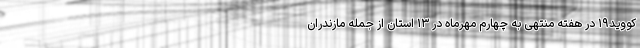
کووید۱۹ در هفته منتهی به چهارم مهرماه در ۱۳ استان از جمله مازندران